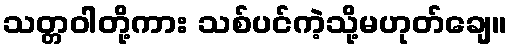
သတ္တဝါတို့ကား သစ်ပင်ကဲ့သို့မဟုတ်ချေ။